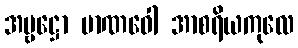
အမ္ဗဋ္ဌော မာဏဝေါ အာစရိယကုလေ